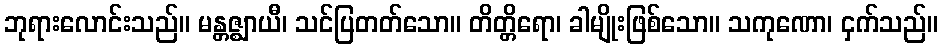
ဘုရားလောင်းသည်။ မန္တဇ္ဈာယီ၊ သင်ပြတတ်သော။ တိတ္တိရော၊ ခါမျိုးဖြစ်သော။ သကုဏော၊ ငှက်သည်။